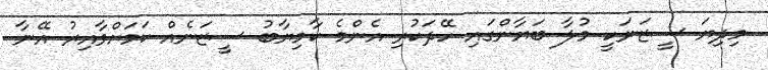
މިދިޔަ ސީޒަނަކީ މުލާ ބަޔާންގައި ހޭދަކުރި އެންމެ ކާމިޔާބު ސީޒަނެއް ކަމަށްވާއިރު އޭނާ